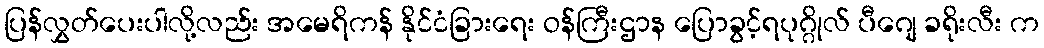
ပြန်လွှတ်ပေးပါလို့လည်း အမေရိကန် နိုင်ငံခြားရေး ဝန်ကြီးဌာန ပြောခွင့်ရပုဂ္ဂိုလ် ပီဂျေ ခရိုးလီး က